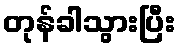
တုန်ခါသွားပြီး